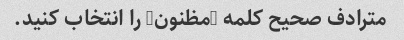
مترادف صحیح کلمه "مظنون" را انتخاب کنید.